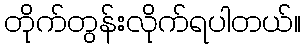
တိုက်တွန်းလိုက်ရပါတယ်။